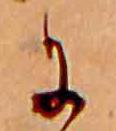
に